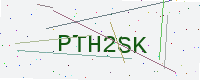
Text: PTH2SK